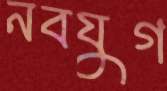
নবযুগ